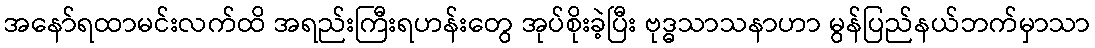
အနော်ရထာမင်းလက်ထိ အရည်းကြီးရဟန်းတွေ အုပ်စိုးခဲ့ပြီး ဗုဒ္ဓသာသနာဟာ မွန်ပြည်နယ်ဘက်မှာသာ